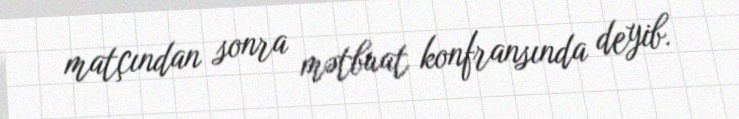
matçından sonra mətbuat konfransında deyib.